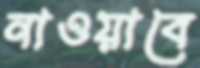
নাওয়াবে